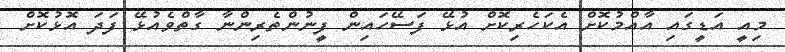
މިއީ އަޑީގައި އާއްމުކޮށް އެކަހެރިކޮށް އުޅޭ ފަސޭހައިން ފީނުންތެރިންނާ ގާތްވެއުޅޭ ފަދަ އޮޅުކޮށް